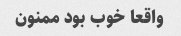
واقعا خوب بود ممنون